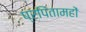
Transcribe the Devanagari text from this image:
प्रपितामहों